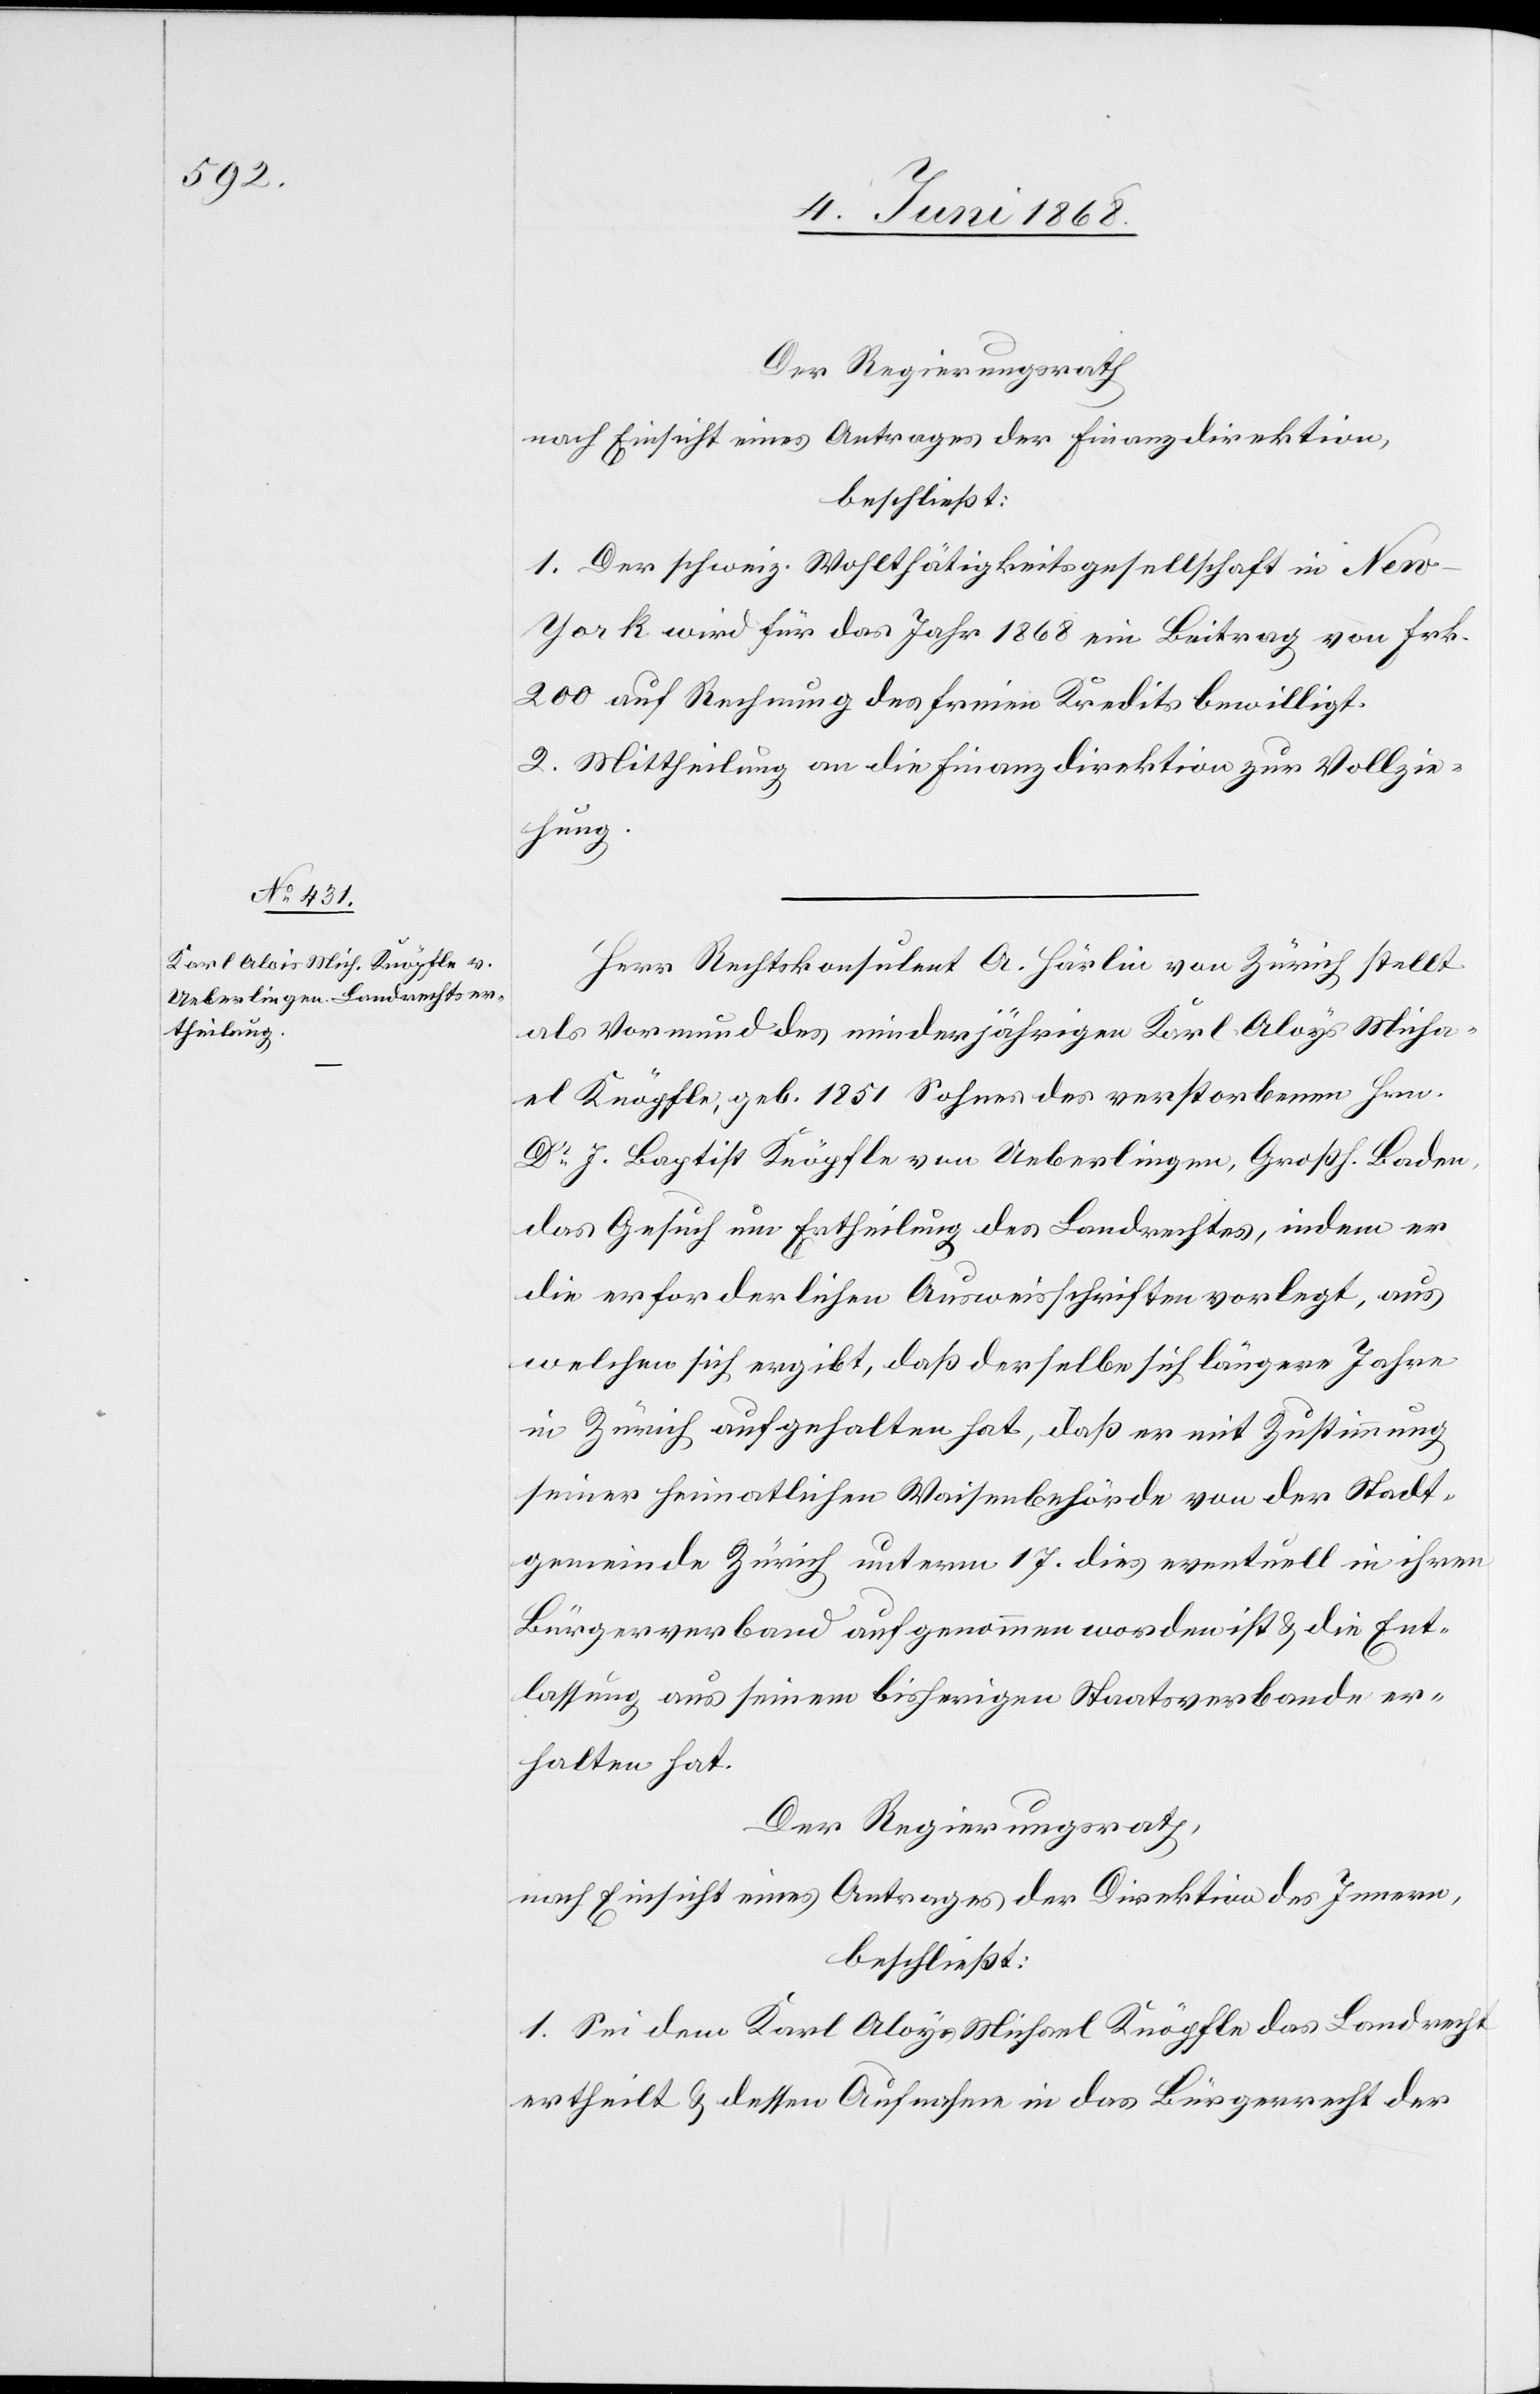
Der Regierungsrath
nach Einsicht eines Antrages der Finanzdirektion,
beschließt:
1. Der schweiz. Wohlthätigkeitsgesellschaft in New-Y¬
ork wird für das Jahr 1868 ein Beitrag von Frk.
200 auf Rechnung des freien Kredits bewilligt.
2. Mittheilung an die Finanzdirektion zur Vollzie¬
hung.
Herr Rechtskonsulent A. Härlin von Zürich stellt
als Vormund des minderjährigen Karl Aloys [sic!] Micha¬
el Knöpfle, geb. 1851 Sohnes des verstorbenen Hrn.
Dr J. Baptist Knöpfle von Ueberlingen, Großh. Baden,
das Gesuch um Ertheilung des Landrechtes, indem er
die erforderlichen Ausweisschriften vorlegt, aus
welchen sich ergibt, daß derselbe sich längere Jahre
in Zürich aufgehalten hat, daß er mit Zustimmung
seiner heimatlichen Waisenbehörde von der Stadt¬
gemeinde Zürich unterm 17. dies eventuell in ihren
Bürgerverband aufgenommen worden ist & die Ent¬
lassung aus seinem bisherigen Staatsverbande er¬
halten hat.
Der Regierungsrath,
nach Einsicht eines Antrages der Direktion des Innern,
beschließt:
1. Sei dem Karl Aloys Michael Knöpfle das Landrecht
ertheilt & dessen Aufnahme in das Bürgerrecht der